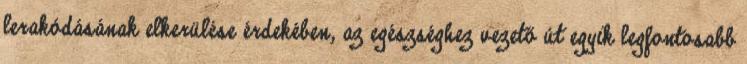
lerakódásának elkerülése érdekében, az egészséghez vezető út egyik legfontosabb